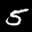
Digit: 5